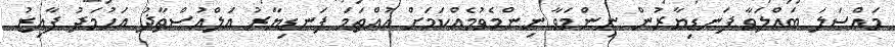
މައްސަލަ ބައްލަވާ ފަނޑިޔާރުން ނިންމަވާ ނިންމެވުމެއްކަމަށް އުއްތަމަ ފަނޑިޔާރު އަލްއުސްތާޛު އަހުމަދު ފާއިޒު